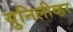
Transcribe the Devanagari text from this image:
युनिलीव्हर